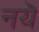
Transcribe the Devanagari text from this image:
नयॆ